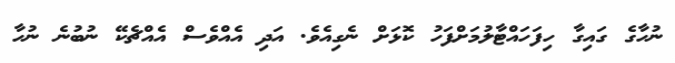
ނުހާގެ ގައިގާ ހިފަހައްޓާލުމަށްފަހު ކޮޅަށް ނެގިއެވެ. އަދި އެއްވެސް އެއްޗެކޭ ނުބުނެ ނުހާ